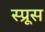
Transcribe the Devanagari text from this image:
स्‍प्रूस